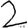
Digit: 2